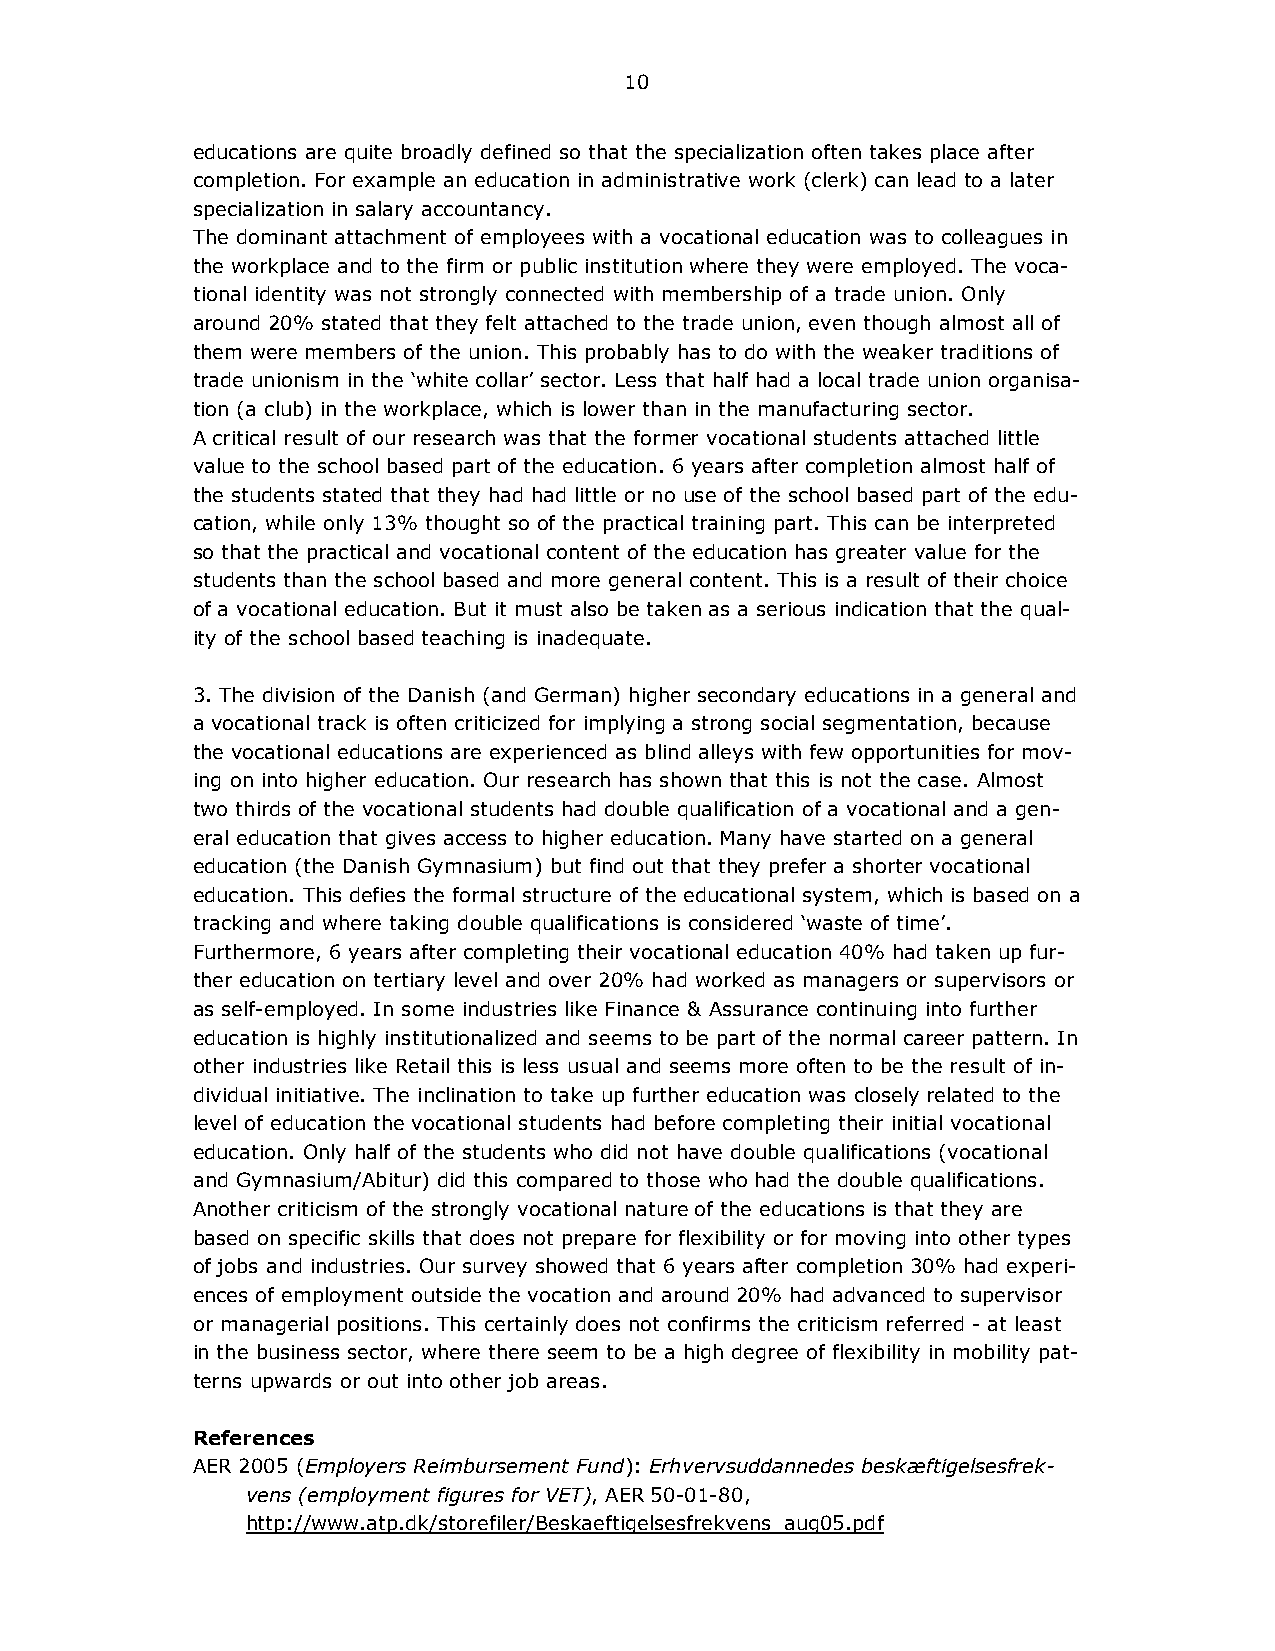
10
 educations are quite broadly defined so that the specialization often takes place after
 completion. For example an education in administrative work (clerk) can lead to a later
 specialization in salary accountancy.
 The dominant attachment of employees with a vocational education was to colleagues in
 the workplace and to the firm or public institution where they were employed. The voca-
 tional identity was not strongly connected with membership of a trade union. Only
 around 20% stated that they felt attached to the trade union, even though almost all of
 them were members of the union. This probably has to do with the weaker traditions of
 trade unionism in the ‘white collar’ sector. Less that half had a local trade union organisa-
 tion (a club) in the workplace, which is lower than in the manufacturing sector.
 A critical result of our research was that the former vocational students attached little
 value to the school based part of the education. 6 years after completion almost half of
 the students stated that they had had little or no use of the school based part of the edu-
 cation, while only 13% thought so of the practical training part. This can be interpreted
 so that the practical and vocational content of the education has greater value for the
 students than the school based and more general content. This is a result of their choice
 of a vocational education. But it must also be taken as a serious indication that the qual-
 ity of the school based teaching is inadequate.
 3. The division of the Danish (and German) higher secondary educations in a general and
 a vocational track is often criticized for implying a strong social segmentation, because
 the vocational educations are experienced as blind alleys with few opportunities for mov-
 ing on into higher education. Our research has shown that this is not the case. Almost
 two thirds of the vocational students had double qualification of a vocational and a gen-
 eral education that gives access to higher education. Many have started on a general
 education (the Danish Gymnasium) but find out that they prefer a shorter vocational
 education. This defies the formal structure of the educational system, which is based on a
 tracking and where taking double qualifications is considered ‘waste of time’.
 Furthermore, 6 years after completing their vocational education 40% had taken up fur-
 ther education on tertiary level and over 20% had worked as managers or supervisors or
 as self-employed. In some industries like Finance & Assurance continuing into further
 education is highly institutionalized and seems to be part of the normal career pattern. In
 other industries like Retail this is less usual and seems more often to be the result of in-
 dividual initiative. The inclination to take up further education was closely related to the
 level of education the vocational students had before completing their initial vocational
 education. Only half of the students who did not have double qualifications (vocational
 and Gymnasium/Abitur) did this compared to those who had the double qualifications.
 Another criticism of the strongly vocational nature of the educations is that they are
 based on specific skills that does not prepare for flexibility or for moving into other types
 of jobs and industries. Our survey showed that 6 years after completion 30% had experi-
 ences of employment outside the vocation and around 20% had advanced to supervisor
 or managerial positions. This certainly does not confirms the criticism referred - at least
 in the business sector, where there seem to be a high degree of flexibility in mobility pat-
 terns upwards or out into other job areas.
 References
 AER 2005 (Employers Reimbursement Fund): Erhvervsuddannedes beskæftigelsesfrek-
 vens (employment figures for VET), AER 50-01-80,
 http://www.atp.dk/storefiler/Beskaeftigelsesfrekvens_aug05.pdf